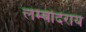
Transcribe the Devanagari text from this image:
लम्बोदराय